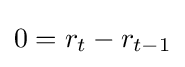
\textstyle 0=r_{t}-r_{t-1}